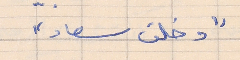
"دخلت سعاد"